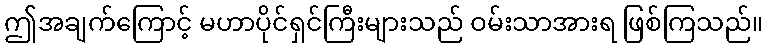
ဤအချက်ကြောင့် မဟာပိုင်ရှင်ကြီးများသည် ဝမ်းသာအားရ ဖြစ်ကြသည်။